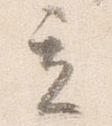
立